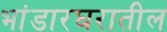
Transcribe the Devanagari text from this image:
भांडारघरातील